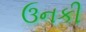
ઉનકી